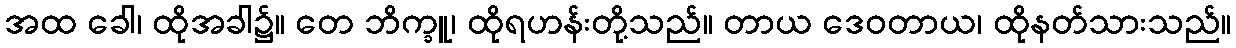
အထ ခေါ၊ ထိုအခါ၌။ တေ ဘိက္ခူ၊ ထိုရဟန်းတို့သည်။ တာယ ဒေဝတာယ၊ ထိုနတ်သားသည်။